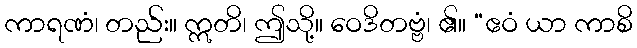
ကာရဏံ၊ တည်း။ ဣတိ၊ ဤသို့။ ဝေဒိတဗ္ဗံ၊ ၏။ “ဧဝံ ယာ ကာစိ